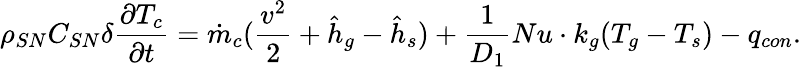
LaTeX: \rho_{SN}C_{SN}\delta\frac{\partial T_{c}}{\partial t}=\dot{m}_{c}(\frac{v^{2}}{2}+{\hat{h}}_{g}-{\hat{h}}_{s})+\frac{1}{D_{1}}Nu\cdot k_{g}(T_{g}-T_{s})-q_{con}.